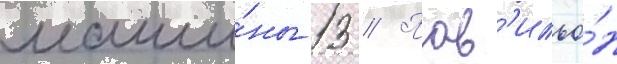
маши́ны 13 // Пав'ильо́н